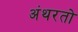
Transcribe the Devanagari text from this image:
अंथरतो